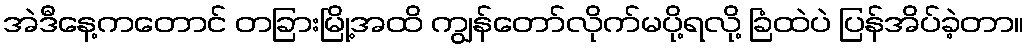
အဲဒီနေ့ကတောင် တခြားမြို့အထိ ကျွန်တော်လိုက်မပို့ရလို့ ခြံထဲပဲ ပြန်အိပ်ခဲ့တာ။